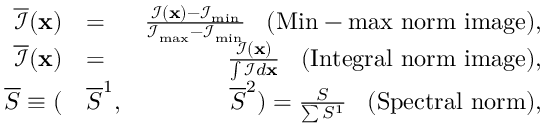
\begin{array} { r l r } { \overline { { \mathcal { I } } } ( \mathbf { x } ) } & { = } & { \frac { \mathcal { I } ( \mathbf { x } ) - \mathcal { I } _ { \mathrm { m i n } } } { \mathcal { I } _ { \mathrm { m a x } } - \mathcal { I } _ { \mathrm { m i n } } } \mathrm { \phantom { . . . } ( M i n - m a x ~ n o r m ~ i m a g e ) } , } \\ { \overline { { \mathcal { I } } } ( \mathbf { x } ) } & { = } & { \frac { \mathcal { I } ( \mathbf { x } ) } { \int \mathcal { I } d \mathbf { x } } \mathrm { \phantom { . . . } ( I n t e g r a l ~ n o r m ~ i m a g e ) } , } \\ { \overline { { S } } \equiv ( } & { \overline { { S } } ^ { 1 } , } & { \overline { { S } } ^ { 2 } ) = \frac { S } { \sum S ^ { 1 } } \mathrm { \phantom { . . . } ( S p e c t r a l ~ n o r m ) } , } \end{array}